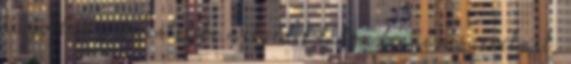
ha jobban a tekintetébe mélyedek látom benne a szerelmet,